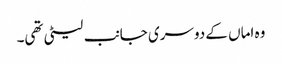
وہ اماں کے دوسری جانب لیٹی تھی۔